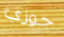
جوزي